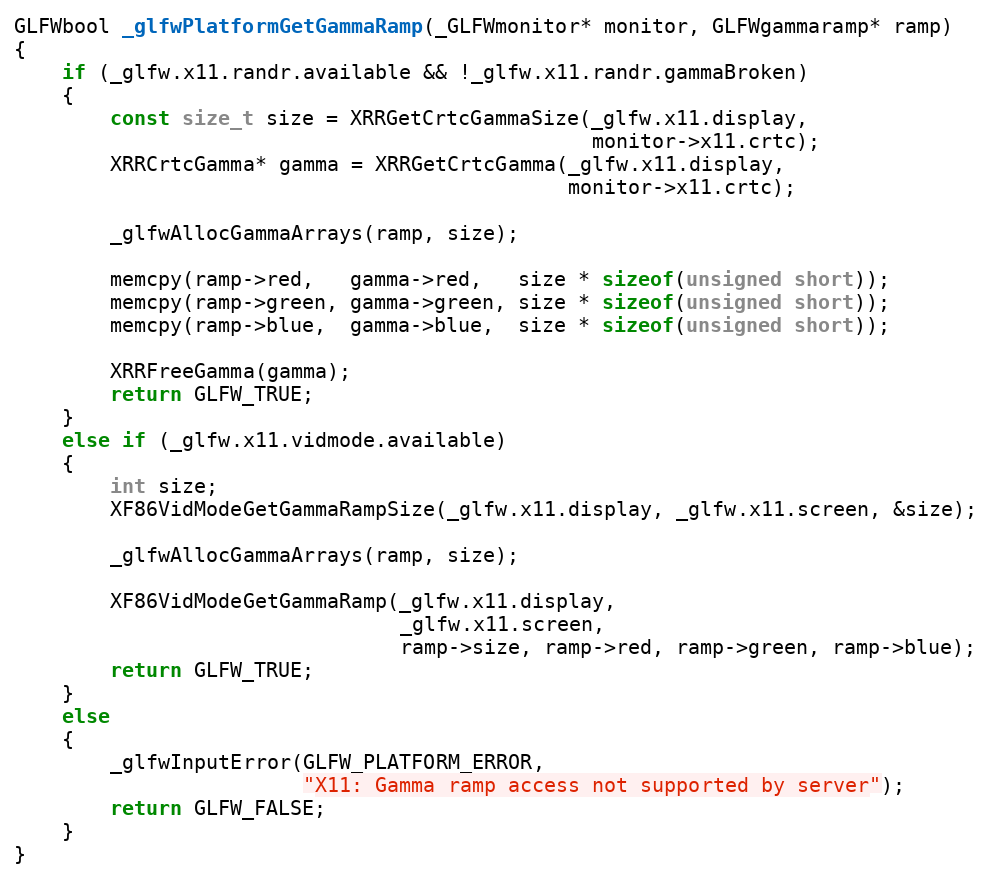
Language: C
GLFWbool _glfwPlatformGetGammaRamp(_GLFWmonitor* monitor, GLFWgammaramp* ramp)
{
    if (_glfw.x11.randr.available && !_glfw.x11.randr.gammaBroken)
    {
        const size_t size = XRRGetCrtcGammaSize(_glfw.x11.display,
                                                monitor->x11.crtc);
        XRRCrtcGamma* gamma = XRRGetCrtcGamma(_glfw.x11.display,
                                              monitor->x11.crtc);

        _glfwAllocGammaArrays(ramp, size);

        memcpy(ramp->red,   gamma->red,   size * sizeof(unsigned short));
        memcpy(ramp->green, gamma->green, size * sizeof(unsigned short));
        memcpy(ramp->blue,  gamma->blue,  size * sizeof(unsigned short));

        XRRFreeGamma(gamma);
        return GLFW_TRUE;
    }
    else if (_glfw.x11.vidmode.available)
    {
        int size;
        XF86VidModeGetGammaRampSize(_glfw.x11.display, _glfw.x11.screen, &size);

        _glfwAllocGammaArrays(ramp, size);

        XF86VidModeGetGammaRamp(_glfw.x11.display,
                                _glfw.x11.screen,
                                ramp->size, ramp->red, ramp->green, ramp->blue);
        return GLFW_TRUE;
    }
    else
    {
        _glfwInputError(GLFW_PLATFORM_ERROR,
                        "X11: Gamma ramp access not supported by server");
        return GLFW_FALSE;
    }
}